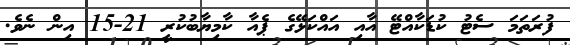
ފުރަތަމަ ސެޓު ކުޑަކާއްޓޭ އާއި އައްކަޅޭގެ ޕެއާ ކާމިޔާބުކުރީ 21-15 އިން ނެވެ.